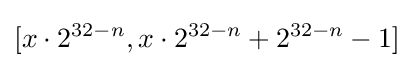
[x\cdot 2^{32-n},x\cdot 2^{32-n}+2^{32-n}-1]